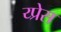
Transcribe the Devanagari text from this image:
य्प्रेस